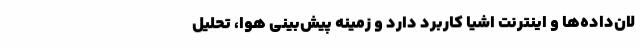
لان‌داده‌ها و اینترنت اشیا کاربرد دارد و زمینه پیش‌بینی هوا، تحلیل